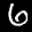
Label: 6